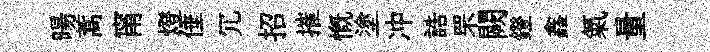
暘蒿甯燈倕冗招摧慨塗冲誥罘闕鐙鑫氣量